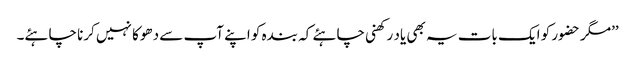
’’مگر حضور کو ایک بات یہ بھی یاد رکھنی چاہئے کہ بندہ کو اپنے آپ سے دھوکا نہیں کرنا چاہئے۔